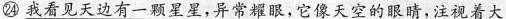
㉔ \underline{我看见天边有一颗星星，异常耀眼，它像天空的眼睛，注视着大}